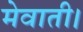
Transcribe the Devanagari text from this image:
मेवाती।